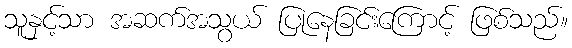
သူနှင့်သာ အဆက်အသွယ် ပြုနေခြင်းကြောင့် ဖြစ်သည်။